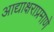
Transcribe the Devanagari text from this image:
आद्याक्षराप्रमाणे